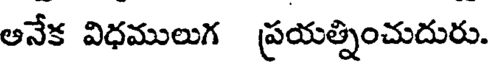
అనేక విధములుగ ప్రయత్నించుదురు.